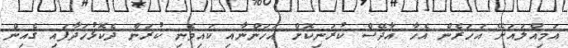
އަމިއްލައަށޭ އަހަރެން އެހާ އާދޭސް ކުރަނިކޮށް އަހަންނާއި ކައިވެނި ކުރަން ދެކޮޅުހަދާފައި ގެއިން